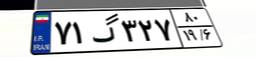
۷۱گ۳۲۷۸۰